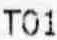
T01